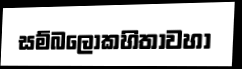
සම්බලොකහිතාවහා